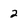
Character: 2